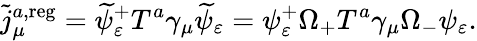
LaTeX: \widetilde{j}_{\mu}^{a,\mathrm{reg}}=\widetilde{\psi}_{\varepsilon}^{+}T^{a}\gamma_{\mu}\widetilde{\psi}_{\varepsilon}=\psi_{\varepsilon}^{+}\Omega_{+}T^{a}\gamma_{\mu}\Omega_{-}\psi_{\varepsilon}.